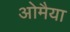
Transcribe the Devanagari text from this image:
ओमैया